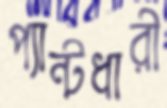
প্যান্টধারী